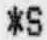
*S